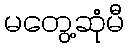
မတွေ့ဆုံမီ